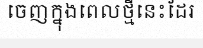
ចេញក្នុងពេលថ្មីនេះដែរ